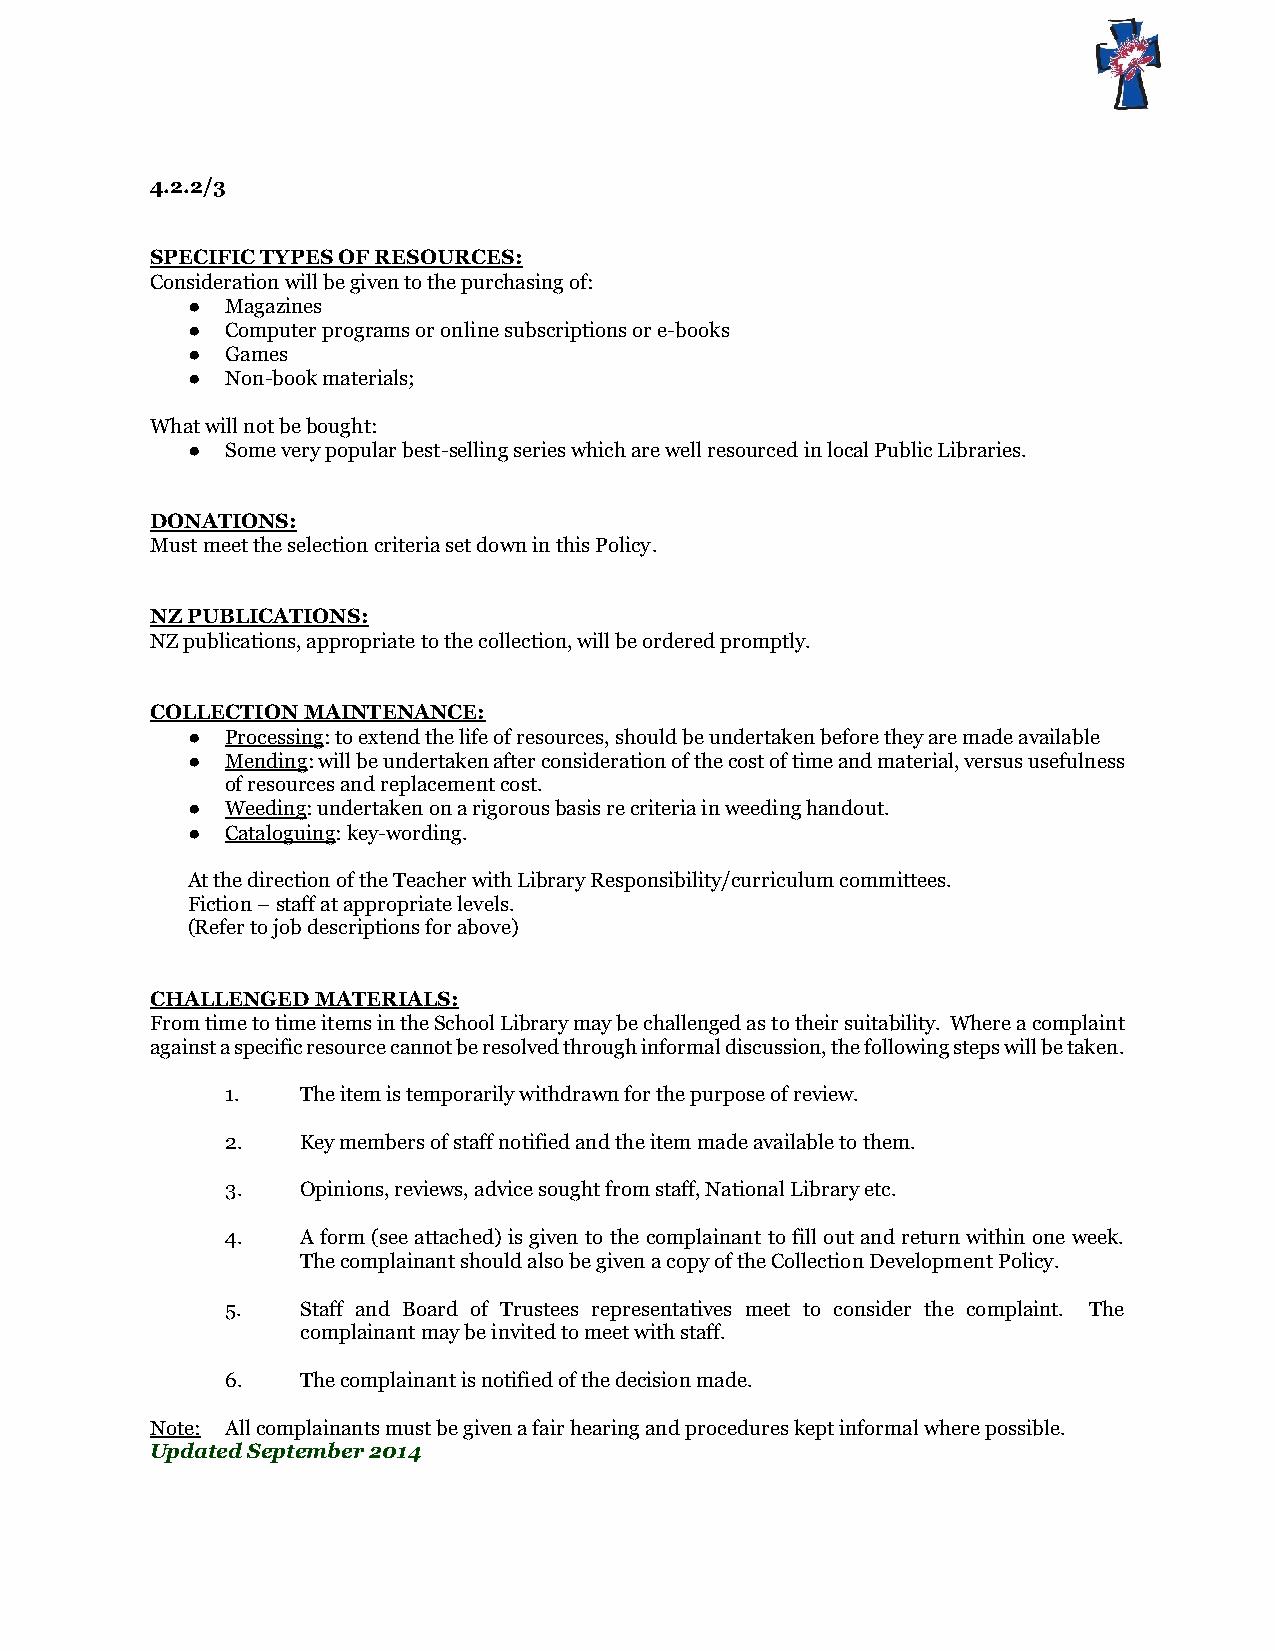
4.2.2/3
 SPECIFIC TYPES OF RESOURCES:
 Consideration will be given to the purchasing of:
 ●  Magazines
 ●  Computer programs or online subscriptions or e-books
 ●  Games
 ●  Non-book materials;
 What will not be bought:
 ●  Some very popular best-selling series which are well resourced in local Public Libraries.
 DONATIONS:
 Must meet the selection criteria set down in this Policy.
 NZ PUBLICATIONS:
 NZ publications, appropriate to the collection, will be ordered promptly.
 COLLECTION MAINTENANCE:
 ●  Processing: to extend the life of resources, should be undertaken before they are made available
 ●  Mending: will be undertaken after consideration of the cost of time and material, versus usefulness
 of resources and replacement cost.
 ●  Weeding: undertaken on a rigorous basis re criteria in weeding handout.
 ●  Cataloguing: key-wording.
 At the direction of the Teacher with Library Responsibility/curriculum committees.
 Fiction – staff at appropriate levels.
 (Refer to job descriptions for above)
 CHALLENGED MATERIALS:
 From time to time items in the School Library may be challenged as to their suitability. Where a complaint
 against a specific resource cannot be resolved through informal discussion, the following steps will be taken.
 1.   The item is temporarily withdrawn for the purpose of review.
 2.   Key members of staff notified and the item made available to them.
 3.   Opinions, reviews, advice sought from staff, National Library etc.
 4.   A form (see attached) is given to the complainant to fill out and return within one week.
 The complainant should also be given a copy of the Collection Development Policy.
 5.   Staff and Board of Trustees representatives meet to consider the complaint. The
 complainant may be invited to meet with staff.
 6.   The complainant is notified of the decision made.
 Note: All complainants must be given a fair hearing and procedures kept informal where possible.
 Updated September 2014